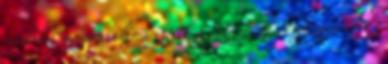
senkiket elnyomták, ők vitték a prímet, ők fosztogatták az